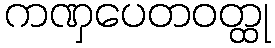
ကဏှပေတဝတ္ထု